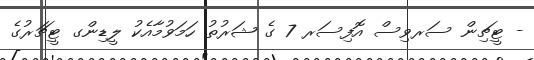
- ޓީޗިން ސަރވިސް އޮފިސަރ 7 ގެ ޝަރުތު ހަމަވުމާއެކު ލީޑިންގ ޓީޗަރުގެ